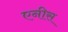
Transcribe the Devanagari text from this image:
एनीस